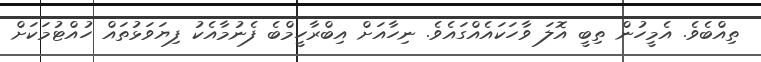
ތިއްބެވެ. އެމީހުން ތިބީ އޮލަ ވާހަކައެއްގައެވެ. ނިހާއަށް އިބްރާހީމްބެ ފެނުމާއެކު ފިޔަވަޅުތައް ހުއްޓުމަކަށް